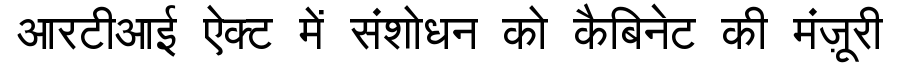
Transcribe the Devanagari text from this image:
आरटीआई ऐक्ट में संशोधन को कैबिनेट की मंज़ूरी